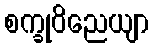
စက္ခုဝိညေယျာ